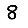
Digit: 8